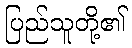
ပြည်သူတို့၏